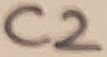
Text: C2